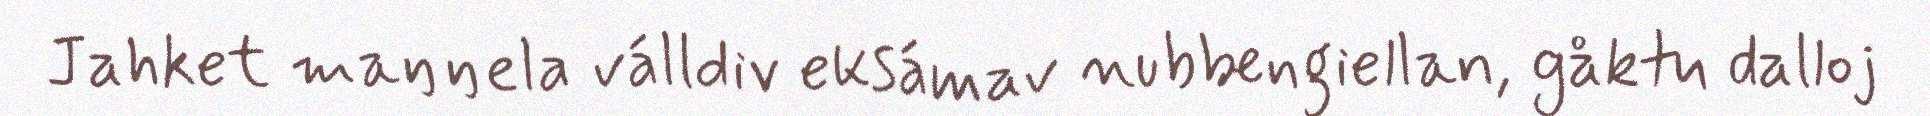
Jahket maŋŋela válldiv eksámav nubbengiellan, gåktu dalloj